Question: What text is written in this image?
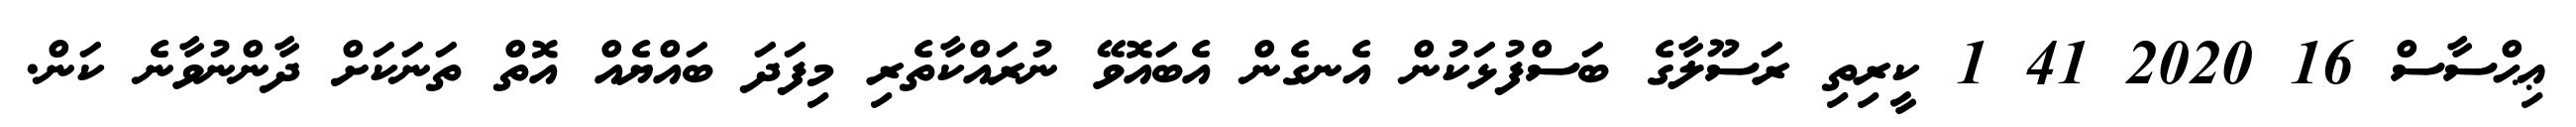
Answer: ޢިޙްސާސް 16 2020 41 1 ކީރިތި ރަސޫލާގެ ބަސްފުޅަކުން އެނގެން އެބައޮވޭ ނުރައްކާތެރި މިފަދަ ބައްޔެއް އޮތް ތަނަކަށް ދާންނުވާނެ ކަން.